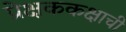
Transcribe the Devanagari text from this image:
प्रेक्षककक्षाची